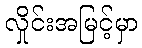
လှိုင်းအမြင့်မှာ